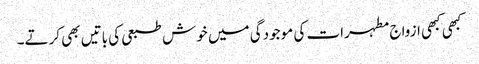
کبھی کبھی ازواج مطہرات کی موجودگی میں خوش طبعی کی باتیں بھی کرتے۔